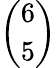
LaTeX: \binom{6}{5}